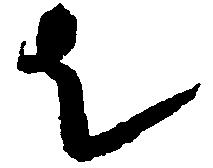
者